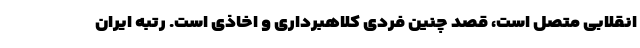
انقلابی متصل است، قصد چنین فردی کلاهبرداری و اخاذی است. رتبه ایران